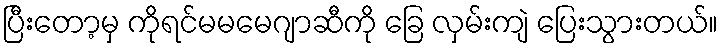
ပြီးတော့မှ ကိုရင်မမမေဂျာဆီကို ခြေ လှမ်းကျဲ ပြေးသွားတယ်။